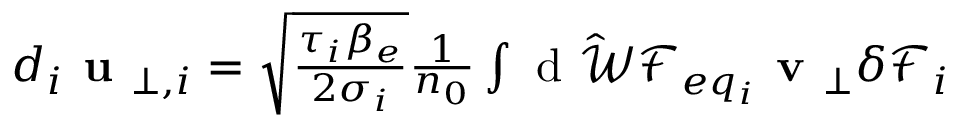
\begin{array} { r } { d _ { i } \textbf { u } _ { \perp , i } = \sqrt { \frac { \tau _ { i } \beta _ { e } } { 2 \sigma _ { i } } } \frac { 1 } { n _ { 0 } } \int \mathrm { ~ d ~ } \hat { \mathcal { W } } { \mathcal F } _ { e q _ { i } } \textbf { v } _ { \perp } \delta { \mathcal F } _ { i } } \end{array}